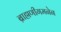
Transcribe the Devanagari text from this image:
ब्राह्मणीगमनेन